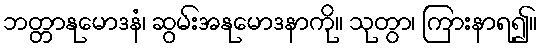
ဘတ္တာနုမောဒနံ၊ ဆွမ်းအနုမောဒနာကို။ သုတွာ၊ ကြားနာရ၍။